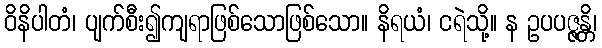
ဝိနိပါတံ၊ ပျက်စီး၍ကျရာဖြစ်သောဖြစ်သော။ နိရယံ၊ ငရဲသို့။ န ဥပပဇ္ဇန္တိ၊